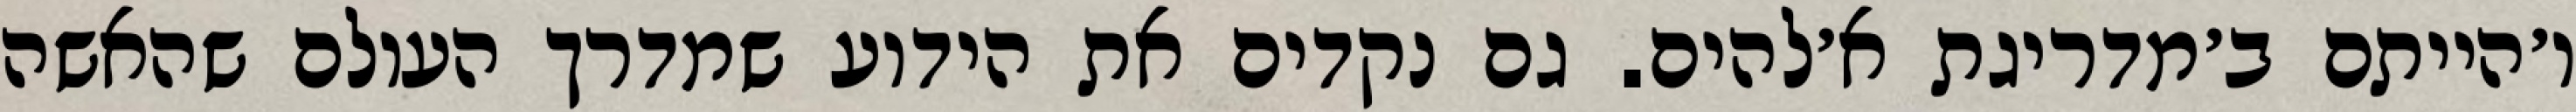
ו׳הייתם ב׳מדריגת א׳להים. גם נקדים את הידוע שמדרך העולם שהאשה